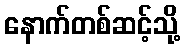
နောက်တစ်ဆင့်သို့